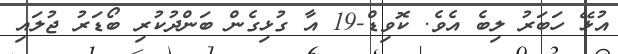
އުޅޭ ހަބަރު ލިބެ އެވެ. ކޮވިޑް-19 އާ ގުޅިގެން ބަންދުކުރި ބޯޑަރު ޖުލައި